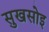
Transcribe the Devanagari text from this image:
सुखसोइ